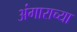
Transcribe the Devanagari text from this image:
अंगाराच्या